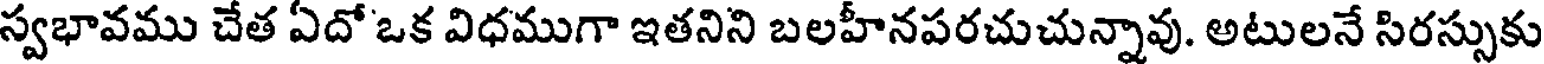
స్వభావము చేత ఏదో ఒక విధముగా ఇతనిని బలహీనపరచుచున్నావు. అటులనే సిరస్సుకు